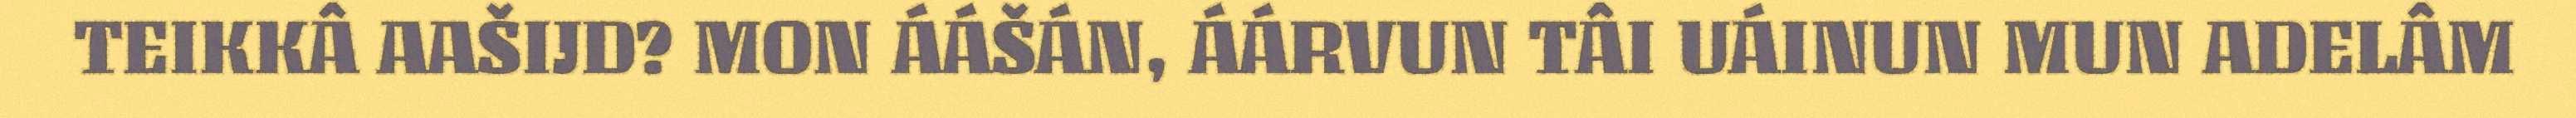
TEIKKÂ AAŠIJD? MON ÁÁŠÁN, ÁÁRVUN TÂI UÁINUN MUN ADELÂM